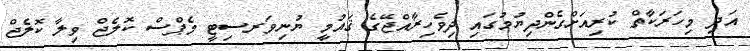
އަދި މިހަރަކާތް ކުރިއަށްގެންދިޔުމުގައި ދިވެހިރާއްޖޭގެ ޤައުމީ ޔުނިވަރސިޓީ މެޕްސް ކޮލެޖް ވިލާ ކޮލެޖް